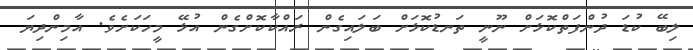
ލިބޭ ކުޑަ ދުންފަތްކޮޅަށް ނޫނީ ތަނޑުކޮޅަށް ބަލައިގެން ރައްކާކޮށްގެން އުޅޭ މީހަކަށެވެ. އާމިންދިޔަ